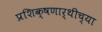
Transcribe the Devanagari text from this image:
प्रशिक्षणार्थीच्या